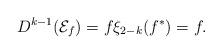
LaTeX: \begin{align*}D^{k-1}(\mathcal E_f) = f \xi_{2-k}(f^\ast)=f.\end{align*}